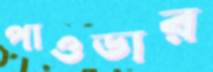
পাওডার